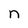
Character: n